Annual administration report of the Civil Veterinary Department of India - 1896-1897
Year: 1896
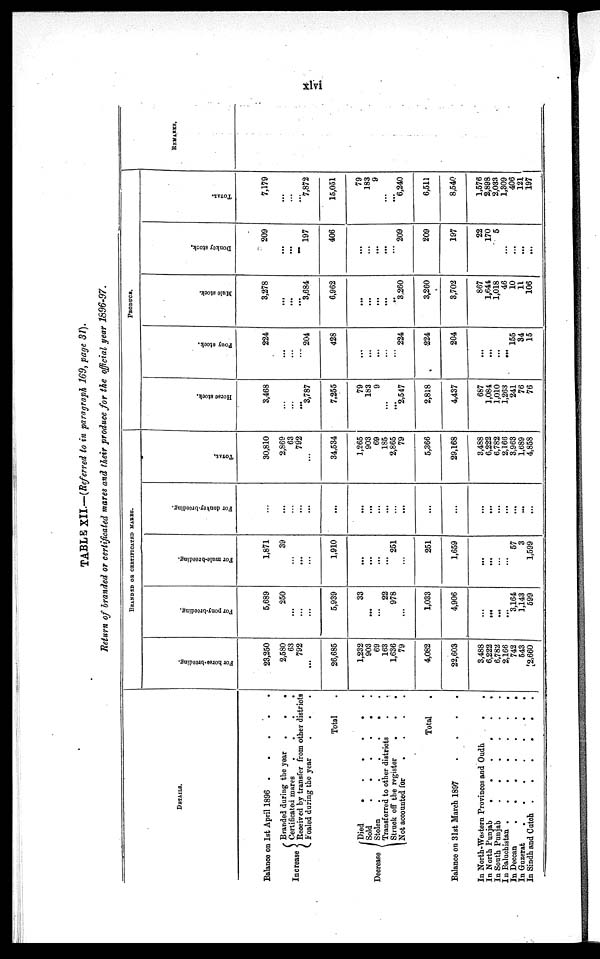
xlvi
TABLE XII.—(Referred to in paragraph 169, page 31).
Return of branded or certificated mares and their produce for the official year 1896-97.
DETAILS.
Balance on 1st April 1896 . . . . .
Increase
Branded during the year
.
.
.
Certificated mares
.
.
.
.
Received by transfer from other districts
Foaled during the year . . .
Total .
Decrease
Died
.
.
.
.
.
Sold
.
.
.
.
.
Stolen
.
.
.
.
.
.
Transferred to other districts . .
Struck off the register
.
.
.
Not accounted for
.
.
.
.
Total
Balance on 31st March 1897
.
.
.
.
In North-Western Provinces and Oudh . .
In North Punjab
.
.
.
.
.
.
In South Punjab
.
.
.
.
.
.
In Baluchistan
.
.
.
.
.
.
In Deccan
.
.
.
.
.
.
.
In Guzerat
.
.
.
.
.
.
.
In Sindh and Cutoh
.
.
.
.
.
.
BRANDED OR CERTIFICATED MARES.
For horse-breeding.
23,250
2,580
63
792
...
26,685
1,232
903
69
163
1,636
79
4,082
22,603
3,488
6,222
6,782
2,166
742
543
2,660
For pony-breeding.
5,689
250
...
...
...
5,939
33
...
...
22
978
...
1,033
4,906
...
...
...
...
3,164
1,143
599
For mule-breeding.
1,871
39
...
...
...
1,910
...
...
...
...
251
...
251
1,659
...
...
...
...
57
3
1,599
For donkey-breeding.
...
...
...
...
...
...
...
...
...
...
...
...
...
...
...
...
...
...
...
...
TOTAL.
30,810
2,869
63
792
...
34,534
1,265
903
69
185
2,865
79
5,366
29,168
3,488
6,222
6,782
2,166
3,963
1,689
4,858
PRODUCE.
Horse stock.
3,468
...
...
...
3,787
7,255
79
183
9
...
...
2,547
2,818
4,437
687
1,084
1,010
1,263
241
76
76
Pony stock.
224
...
...
...
204
428
...
...
...
...
...
224
224
204
...
...
...
...
155
34
15
Mule stock.
3,278
...
...
...
3,684
6,962
...
...
...
...
..
3,260
3,260
3,702
867
1,644
1,018
46
10
11
106
Donkey stock.
209
...
...
...
197
406
...
...
...
...
...
209
209
197
22
170
5
...
...
...
...
TOTAL.
7,179
...
...
...
7,872
15,051
79
183
9
...
...
6,240
6,511
8,540
1,576
2,898
2,033
1,309
406
121
197
REMARKS.